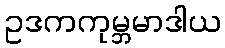
ဥဒကကုမ္ဘမာဒါယ